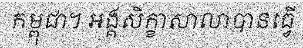
កម្ពុជា។ អង្គសិក្ខាសាលាបានធ្វើ